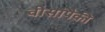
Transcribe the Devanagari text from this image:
वीसांपैकी